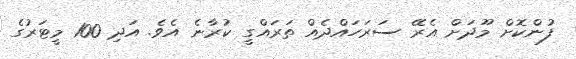
ފުންކޮށް މޫދަށް އެރޭ ސަރަހައްދެއް ތަރައްގީ ކުރާނެ އެވެ. އަދި 100 މީޓަރުގެ